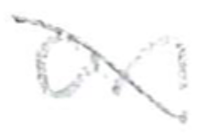
Text: an
Cross-out: diagonal
Writing tool: pencil